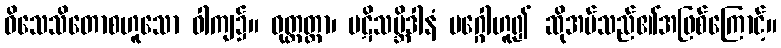
ဝိသေသိတောစဟူသော ဝါကျ၌။ ဝုတ္တတ္တာ၊ ပဋိသမ္ဘိဒါနံ မဂ္ဂေါဟူ၍ ဆိုအပ်သည်၏အဖြစ်ကြောင့်။